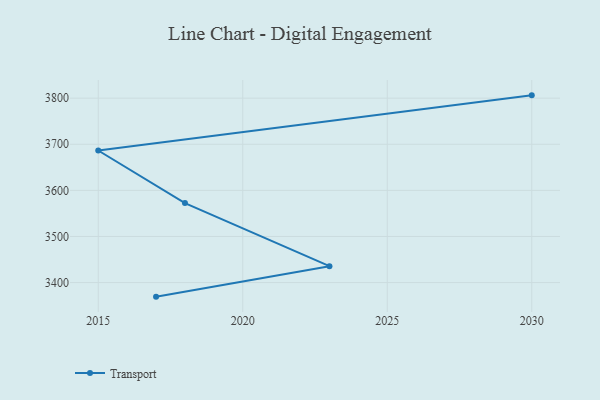
{"axis": {"x": "Year", "y": "LTV (USD)"}, "legend": ["Transport"], "data": [{"x": "2017", "y": 3369.5, "type": "Transport"}, {"x": "2023", "y": 3435.6, "type": "Transport"}, {"x": "2018", "y": 3572.4, "type": "Transport"}, {"x": "2015", "y": 3686.5, "type": "Transport"}, {"x": "2030", "y": 3806.1, "type": "Transport"}]}